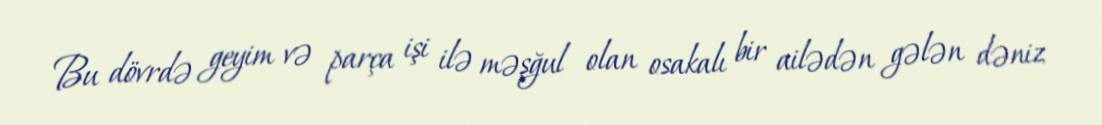
Bu dövrdə geyim və parça işi ilə məşğul olan osakalı bir ailədən gələn dəniz